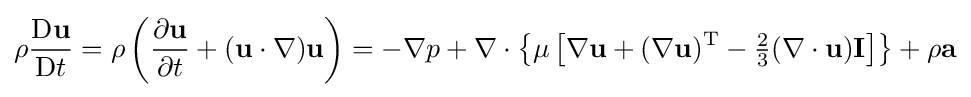
\rho {\frac {\mathrm {D} \mathbf {u} }{\mathrm {D} t}}=\rho \left({\frac {\partial \mathbf {u} }{\partial t}}+(\mathbf {u} \cdot \nabla )\mathbf {u} \right)=-\nabla p+\nabla \cdot \left\{\mu \left[\nabla \mathbf {u} +(\nabla \mathbf {u} )^{\mathrm {T} }-{\tfrac {2}{3}}(\nabla \cdot \mathbf {u} )\mathbf {I} \right]\right\}+\rho \mathbf {a}